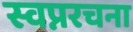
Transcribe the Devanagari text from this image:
स्वप्नरचना